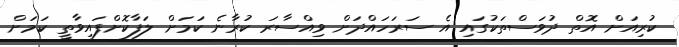
ކުރިއަށް އޮތް ދުވަސްތަކުގައި އެ ސަރަހައްދަށް ވިއްސާރަ ކުރާނެ ކަމަށް ލަފާކޮށްފައިވާތީ ކަމަށް